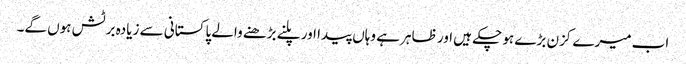
اب میرے کزن بڑے ہو چکے ہیں اور ظاہر ہے وہاں پیدا اور پلنے بڑھنے والے پاکستانی سے زیادہ برٹش ہوں گے۔